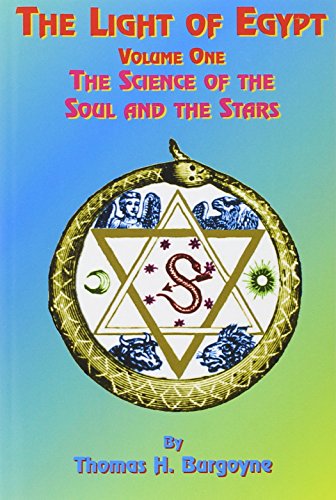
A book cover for The Light of Egypt: Volume One, the Science of the Soul and the Stars; Thomas H. Burgoyne; Self-Help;